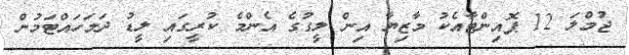
ޖުމްލަ 12 ޕޮއިންޓާއެކު މާޒިޔާ އިން ލީގުގެ އެންމެ ކުރީގައި ލީޑު ދަމަހައްޓަމުން